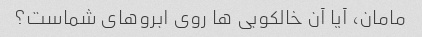
مامان، آیا آن خالکوبی ها روی ابروهای شماست؟